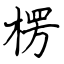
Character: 楞